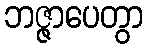
ဘဇ္ဇာပေတွာ